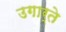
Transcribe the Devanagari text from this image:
उगार्ते